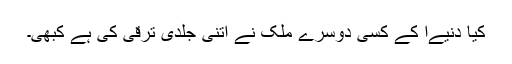
کیا دنیےا کے کسی دوسرے ملک نے اتنی جلدی ترقی کی ہے کبھی۔